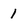
Character: 1